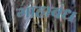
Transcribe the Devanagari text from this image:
गाहाबंध